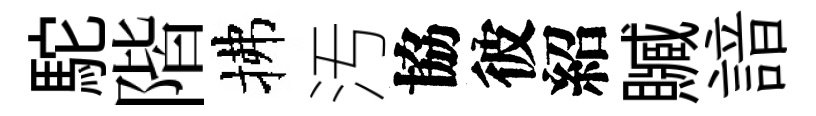
駝階拂汚協彼紹贓諳